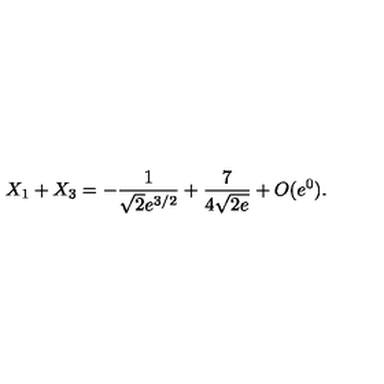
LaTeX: X _ { 1 } + X _ { 3 } = - { \frac { 1 } { \sqrt { 2 } e ^ { 3 / 2 } } } + { \frac { 7 } { 4 \sqrt { 2 e } } } + O ( e ^ { 0 } ) .